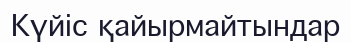
Күйіс қайырмайтындар